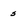
Character: s